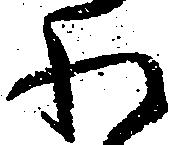
わ